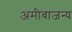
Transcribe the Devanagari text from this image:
अमीबाजन्य